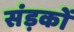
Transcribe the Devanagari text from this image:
संड़कों